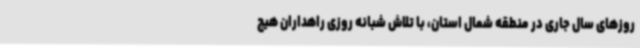
روزهای سال جاری در منطقه شمال استان، با تلاش شبانه روزی راهداران هیچ